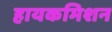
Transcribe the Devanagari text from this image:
हायकमिशन